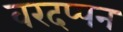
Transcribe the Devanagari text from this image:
वरदप्पन